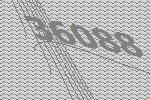
36088